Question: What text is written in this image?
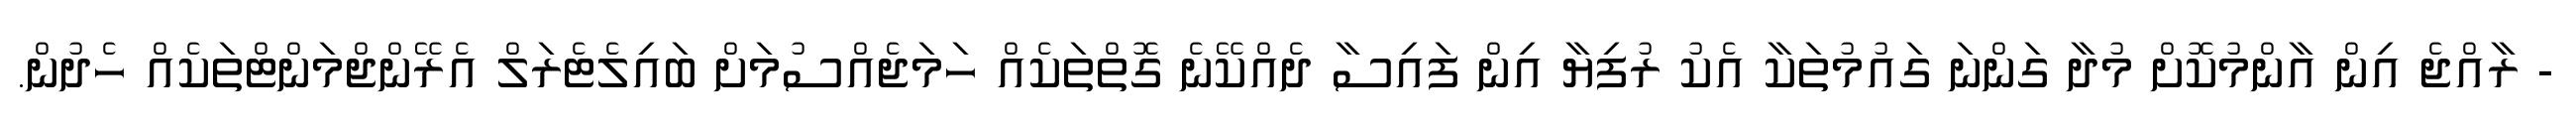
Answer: - ރާއްޖެ އިން އާންމުކޮށް މުދާ ގަންނަ ގައުމުތަކާ އެކު ރުފިޔާ އިން ފައިސާ ދެއްކޭނެ ގޮތްތަކެއް ހަމަޖެއްސުމަށް ބައިލެޓެރަލް އެރޭންޖްމަންޓްތަކެއް ހެދުން.